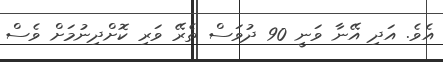
އެވެ. އަދި އޭނާ ވަނީ 90 ދުވަސް ތެރޭ ވަރި ކޮށްދިނުމަށް ވެސް